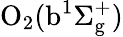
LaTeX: \mathrm{O_{2}(b^{1}\Sigma_{g}^{+})}